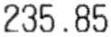
235.85